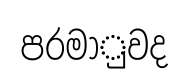
පරමාුවද